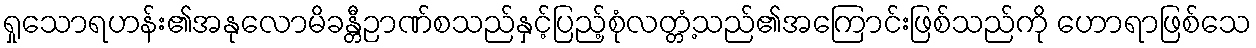
ရှုသောရဟန်း၏အနုလောမိခန္တီဉာဏ်စသည်နှင့်ပြည့်စုံလတ္တံ့သည်၏အကြောင်းဖြစ်သည်ကို ဟောရာဖြစ်သေ